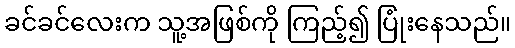
ခင်ခင်လေးက သူ့အဖြစ်ကို ကြည့်၍ ပြုံးနေသည်။